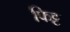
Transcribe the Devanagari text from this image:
फिट्ट